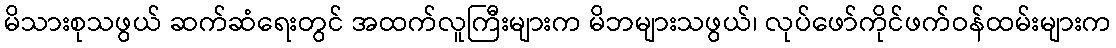
မိသားစုသဖွယ် ဆက်ဆံရေးတွင် အထက်လူကြီးများက မိဘများသဖွယ်၊ လုပ်ဖော်ကိုင်ဖက်ဝန်ထမ်းများက